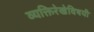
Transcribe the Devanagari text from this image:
व्यक्तिरेखेविषयी